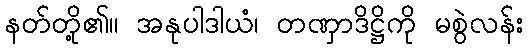
နတ်တို့၏။ အနုပါဒါယံ၊ တဏှာဒိဋ္ဌိကို မစွဲလန်း